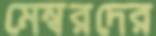
মেম্বরদের